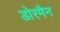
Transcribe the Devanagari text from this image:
डोरमैन